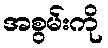
အစွမ်းကို